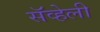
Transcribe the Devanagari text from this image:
सॅव्हेली